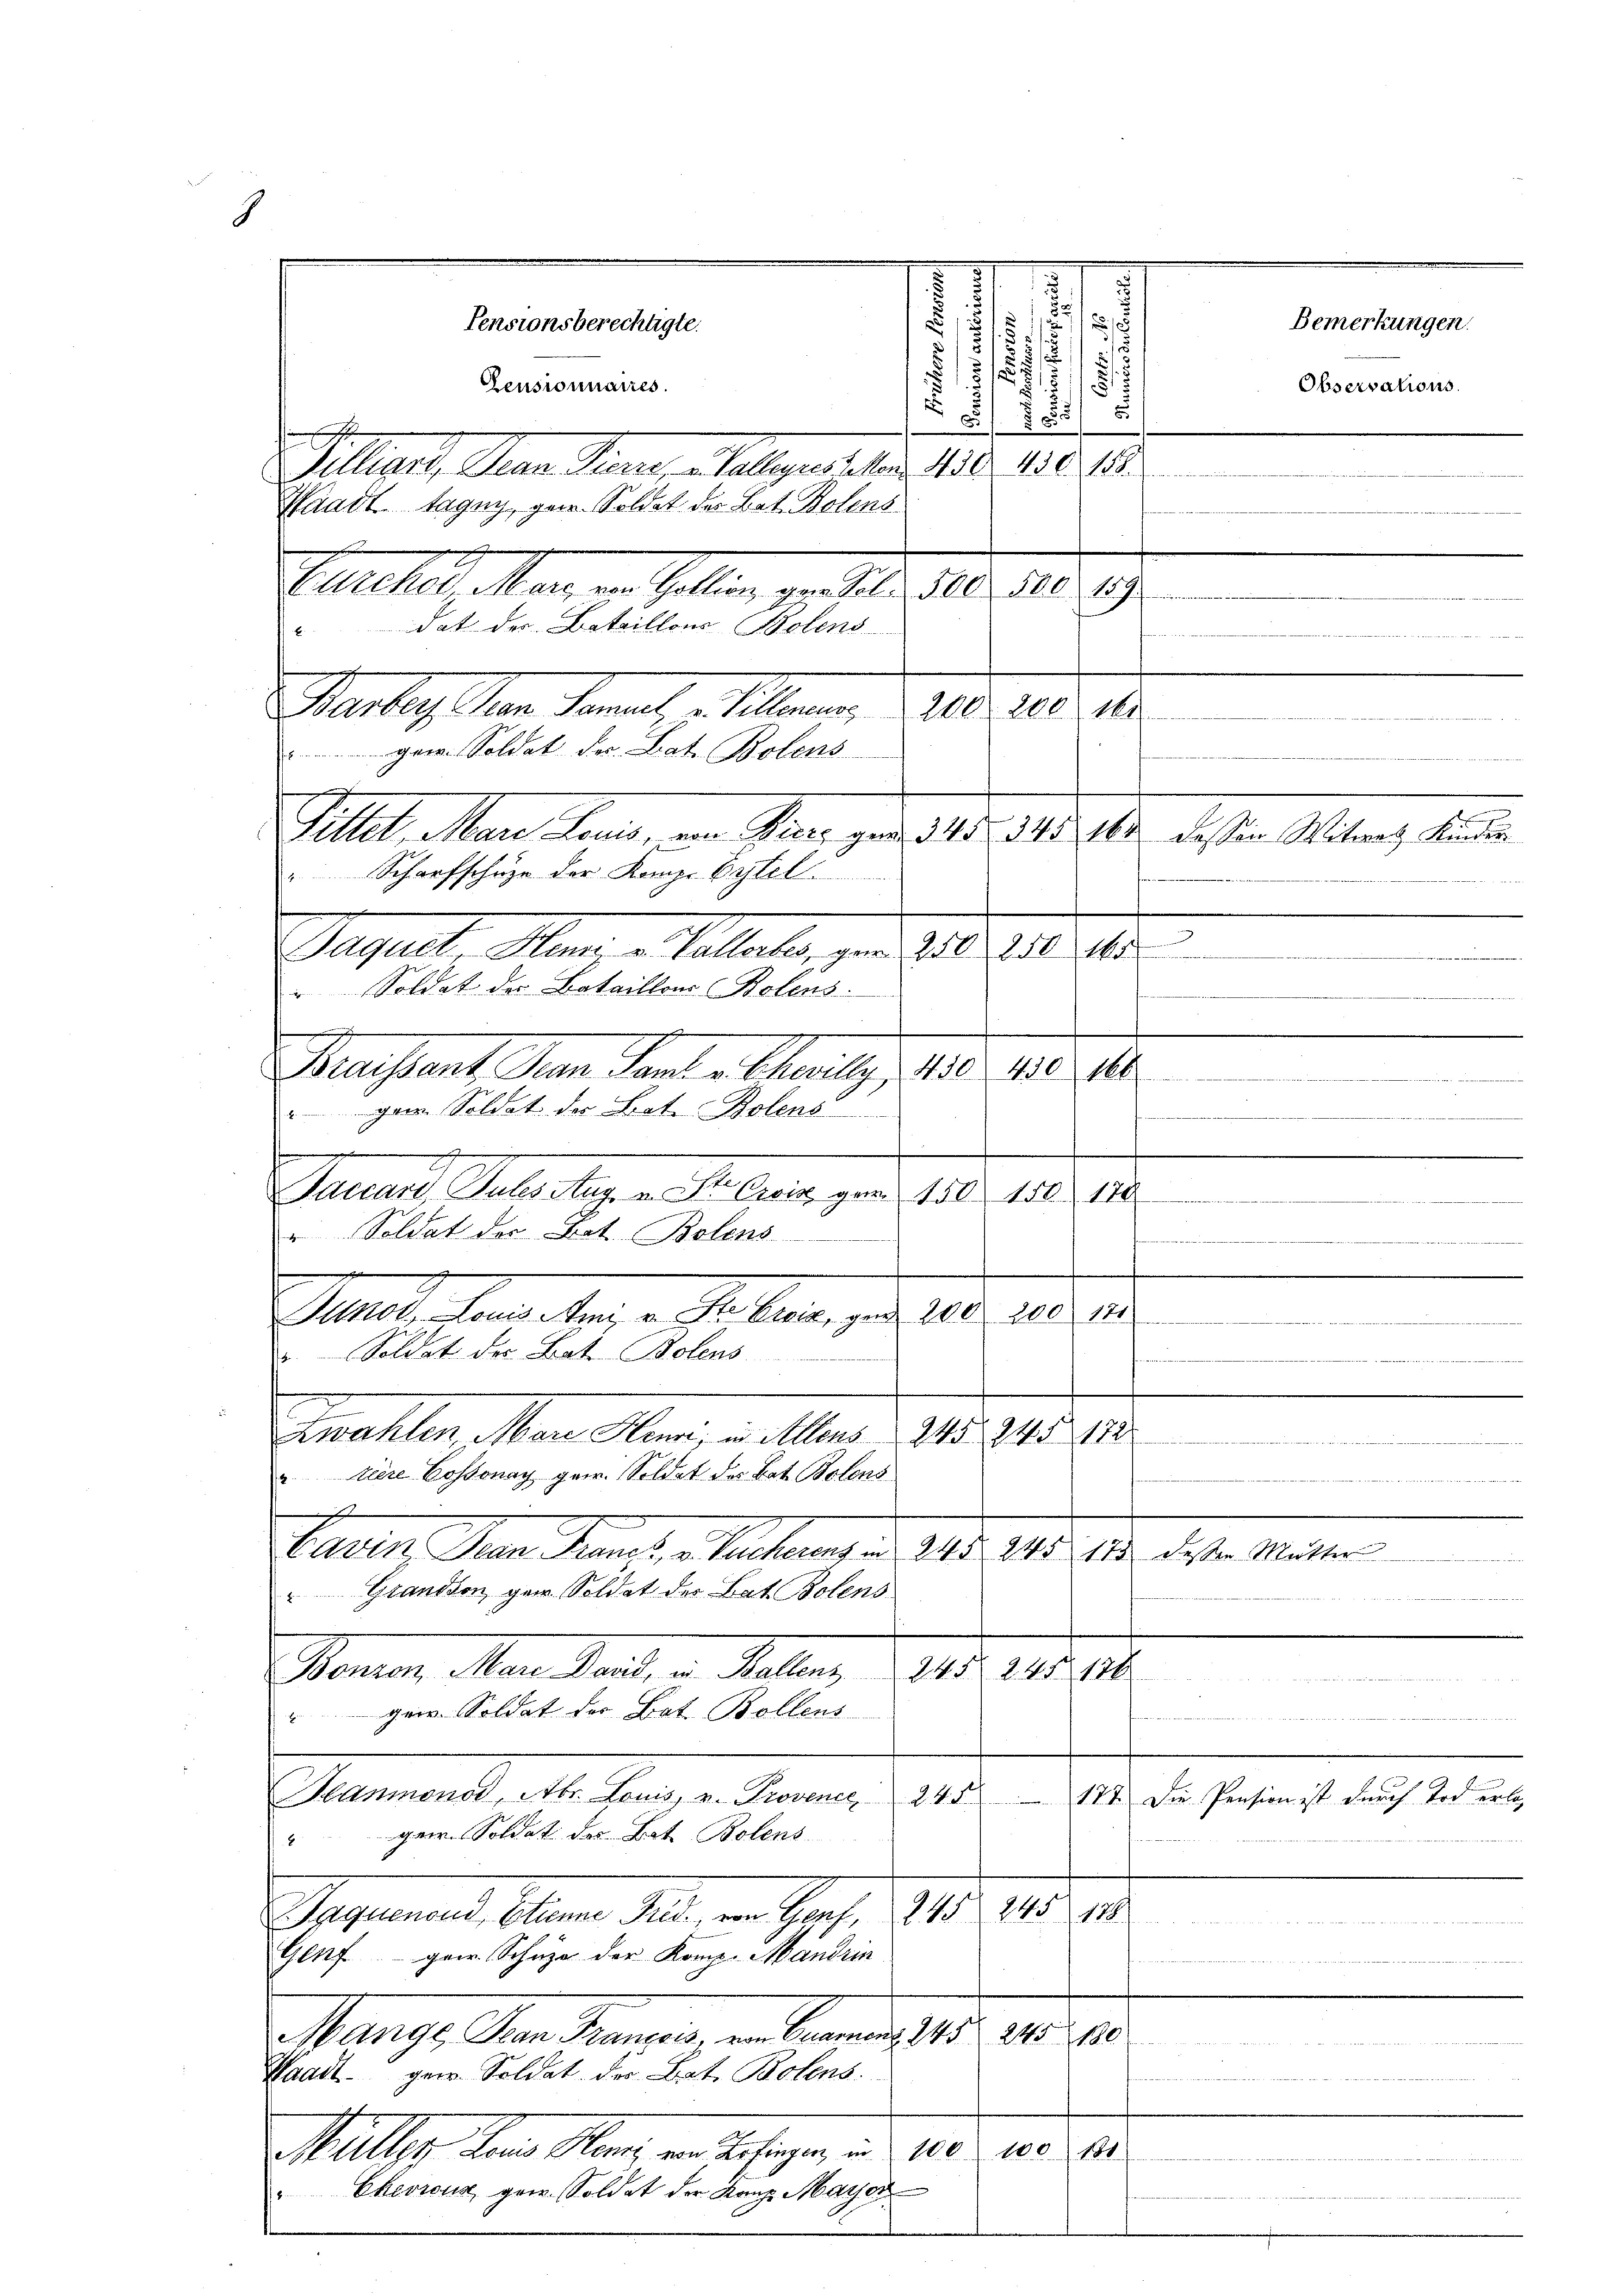
2
55
Villand man an, a. Vollgarteten 180. 1881
Waadt tagny, gen. Soldat der Bat. Botens
Siehestellen in sollen zu betr. 106. 1810. 19.
dat der Bataillons Bolens

4

Pensionsberechtigte.
Zensionnaires.

I
.
.
/
.
2
s
31/
2
.
e

.
Vertrag an Sonach Planen,
200 161
200
114
gem. Soldat der Bat. Bolens
Sittet. Man kannt, von Sinne von 140. 148. 10. dessen Miter, kante
" Scharfschuze der Komp. Erstel
Papielt. Manze Sellater, per 1806. 10. 10.
Soldat der Bataillons Bolens.
Maissant den Kant a laitg, 180. 1810. 1
gar. Soldat der Bote Bolens
.

.
h
Sacrari, Sules Aug. u. St. Croix par 150 150. 178
" Soldat der Bot. Bolens
innert unter in der

Soldat der Bat. Bolens
Knallen, von Kern, u. Mart. 118. 18. 12.
" tiere Cossonay gew. Soldat der Bat. Bolens
.
s
Cawin ein Francs, v. Sucherens in 243. 245 175 dessen Mutte
Grandten gar Soldat der Bat Botens
Momen, Man kant. v. Haller 1945. 11. 14.
" gew. Soldat des Bat. Bollens
Hanmonod, Abr. Louis, v. Provence 245. 174. Die Pension ist durch Tod erle,
gem. Soldat der Bat. Bolens
1128.
Argumen, Bienen der in Part. 218. 118.
Genf gew. Schuze der Komp. Mandrin
Mange den dranging in Berner 185. 10. 215.
Waadt ger. Soldat der Art. Bolens.
181
Mülle dem Mange in Behagen, und 1805. 10.
"Chevrouz gew. Soldat der Kanz Mayd

Hnot, Louis Ami v. Ste Creiz, gen 200 200 171

.
i

s

Bemerkungen.
Observations